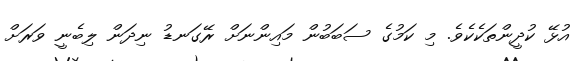
އުޅޭ ކުދީންތަކެކެވެ. މި ކަމުގެ ސަބަބުން މައިންނަށް ރޭގަނޑު ނިދަން ލިބެނީ ވަރަށް